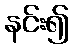
နင်း၍